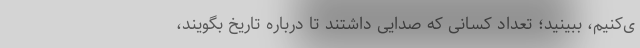
ی‌کنیم، ببینید؛ تعداد کسانی‌ که صدایی داشتند تا درباره تاریخ بگویند،